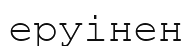
еруінен